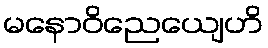
မနောဝိညေယျေဟိ